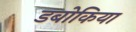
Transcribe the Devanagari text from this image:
डबोकिया